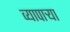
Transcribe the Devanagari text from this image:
व्यापाऱ्या